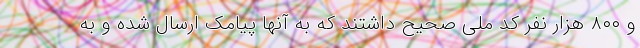
و ۸۰۰ هزار نفر کد ملی صحیح داشتند که به آنها پیامک ارسال شده و به